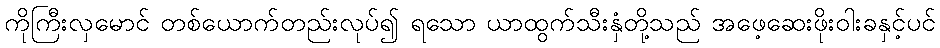
ကိုကြီးလှမောင် တစ်ယောက်တည်းလုပ်၍ ရသော ယာထွက်သီးနှံတို့သည် အဖေ့ဆေးဖိုးဝါးခနှင့်ပင်